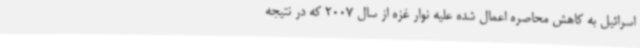
اسرائیل به کاهش محاصره اعمال شده علیه نوار غزه از سال 2007 که در نتیجه